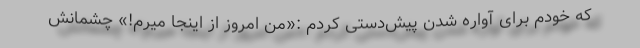
که خودم برای آواره شدن پیش‌دستی کردم :«من امروز از اینجا میرم!» چشمانش